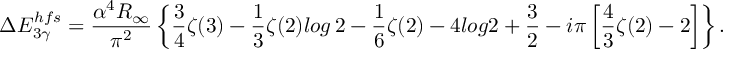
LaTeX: \Delta E _ { 3 \gamma } ^ { h f s } = \frac { \alpha ^ { 4 } R _ { \infty } } { \pi ^ { 2 } } \left\{ \frac { 3 } { 4 } \zeta ( 3 ) - \frac { 1 } { 3 } \zeta ( 2 ) l o g \, 2 - \frac { 1 } { 6 } \zeta ( 2 ) - 4 l o g 2 + \frac { 3 } { 2 } - i \pi \left[ \frac { 4 } { 3 } \zeta ( 2 ) - 2 \right] \right\} .